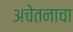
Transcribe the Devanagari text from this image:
अचेतनाचा